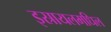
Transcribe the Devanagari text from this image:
इस्रायलमधिल